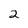
Character: 2